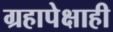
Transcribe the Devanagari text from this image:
ग्रहापेक्षाही